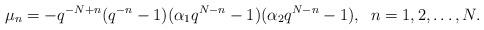
LaTeX: \begin{align*}\mu _{n}=-q^{-N+n}(q^{-n}-1)(\alpha _{1}q^{N-n}-1)(\alpha_{2}q^{N-n}-1),\;\;n=1,2,\ldots ,N.\end{align*}